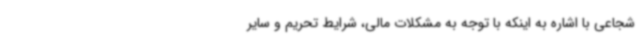
شجاعی با اشاره به اینکه با توجه به مشکلات مالی، شرایط تحریم و سایر